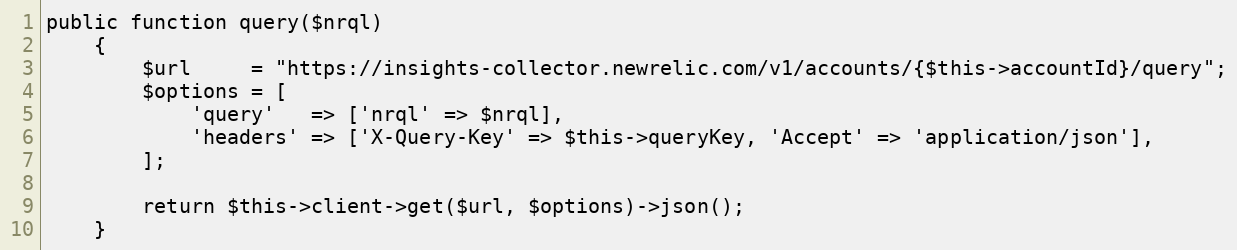
Language: PHP
public function query($nrql)
    {
        $url     = "https://insights-collector.newrelic.com/v1/accounts/{$this->accountId}/query";
        $options = [
            'query'   => ['nrql' => $nrql],
            'headers' => ['X-Query-Key' => $this->queryKey, 'Accept' => 'application/json'],
        ];

        return $this->client->get($url, $options)->json();
    }